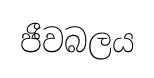
ජීවබලය